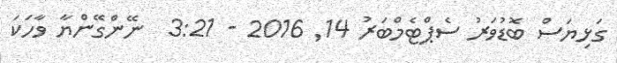
ގަޅިޔަސް ބޮޑުވަރު ސެޕްޓެމްބަރު 14